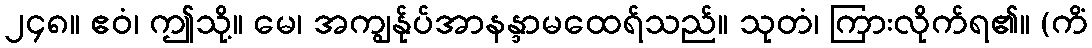
၂၄၈။ ဧဝံ၊ ဤသို့။ မေ၊ အကျွန်ုပ်အာနန္ဒာမထေရ်သည်။ သုတံ၊ ကြားလိုက်ရ၏။ (ကိံ